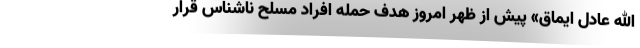
الله عادل ایماق» پیش از ظهر امروز هدف حمله افراد مسلح ناشناس قرار